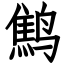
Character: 鹪